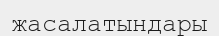
жасалатындары